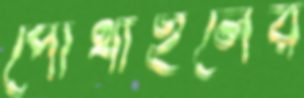
পোথাইলের